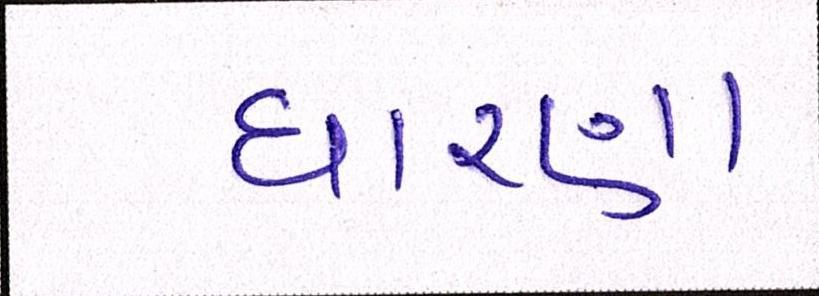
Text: ધારણા